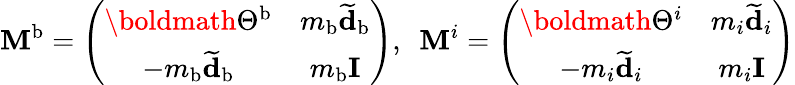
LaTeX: \mathbf{M}^{\mathrm{b}}=\left(\begin{array}{cc}{\boldmath{\Theta}^{\mathrm{b}}}&{m_{\mathrm{b}}\widetilde{\mathbf{d}}_{\mathrm{b}}}\\ {-m_{\mathrm{b}}\widetilde{\mathbf{d}}_{\mathrm{b}}}&{m_{\mathrm{b}}\mathbf{I}}\end{array}\right),\ \ \mathbf{M}^{i}=\left(\begin{array}{cc}{\boldmath{\Theta}^{i}}&{m_{i}\widetilde{\mathbf{d}}_{i}}\\ {-m_{i}\widetilde{\mathbf{d}}_{i}}&{m_{i}\mathbf{I}}\end{array}\right)